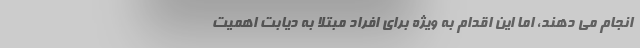
انجام می دهند، اما این اقدام به ویژه برای افراد مبتلا به دیابت اهمیت